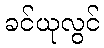
ခင်ယုလွင်